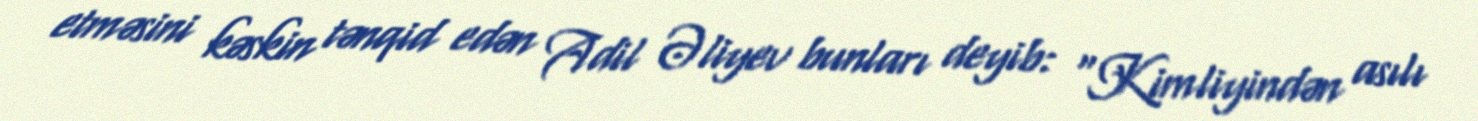
etməsini kəskin tənqid edən Adil Əliyev bunları deyib: "Kimliyindən asılı